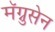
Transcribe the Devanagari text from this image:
मॅग्नुसेन